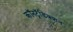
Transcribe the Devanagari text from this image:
कॉनट्रॅडिक्शन